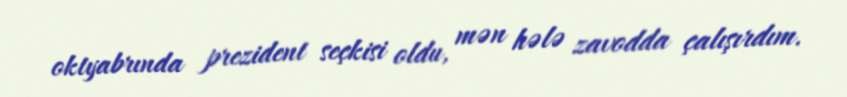
oktyabrında prezident seçkisi oldu, mən hələ zavodda çalışırdım.